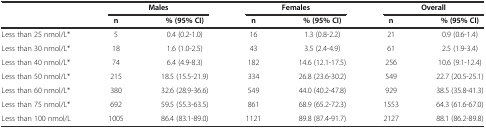
|  | <COLSPAN=2> Males | <COLSPAN=2> Females | <COLSPAN=2> Overall |
 |  | n | % (95% CI) | n | % (95% CI) | n | % (95% CI) |
 | --- | --- | --- | --- | --- | --- | --- |
 | Less than 25 nmol/L* | 5 | 0.4 (0.2-1.0) | 16 | 1.3 (0.8-2.2) | 21 | 0.9 (0.6-1.4) |
 | Less than 30 nmol/L* | 18 | 1.6 (1.0-2.5) | 43 | 3.5 (2.4-4.9) | 61 | 2.5 (1.9-3.4) |
 | Less than 40 nmol/L* | 74 | 6.4 (4.9-8.3) | 182 | 14.6 (12.1-17.5) | 256 | 10.6 (9.1-12.4) |
 | Less than 50 nmol/L* | 215 | 18.5 (15.5-21.9) | 334 | 26.8 (23.6-30.2) | 549 | 22.7 (20.5-25.1) |
 | Less than 60 nmol/L* | 380 | 32.6 (28.9-36.6) | 549 | 44.0 (40.2-47.8) | 929 | 38.5 (35.8-41.3) |
 | Less than 75 nmol/L* | 692 | 59.5 (55.3-63.5) | 861 | 68.9 (65.2-72.3) | 1553 | 64.3 (61.6-67.0) |
 | Less than 100 nmol/L | 1005 | 86.4 (83.1-89.0) | 1121 | 89.8 (87.4-91.7) | 2127 | 88.1 (86.2-89.8) |